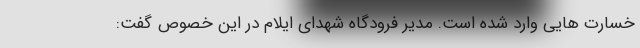
خسارت هایی وارد شده است. مدیر فرودگاه شهدای ایلام در این خصوص گفت: